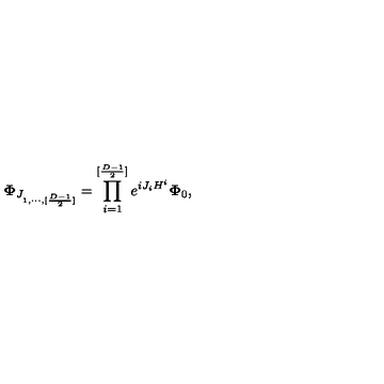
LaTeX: { \bf \Phi } _ { J _ { 1 , \cdots , [ { \frac { D - 1 } { 2 } } ] } } = \prod _ { i = 1 } ^ { [ { \frac { D - 1 } { 2 } } ] } e ^ { { i J _ { i } H ^ { i } } } { \bf \Phi } _ { 0 } ,